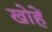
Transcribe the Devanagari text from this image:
खोहें